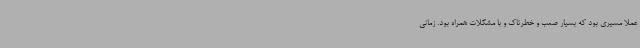
عملاً مسیری بود که بسیار صعب و خطرناک و با مشکلات همراه بود. زمانی